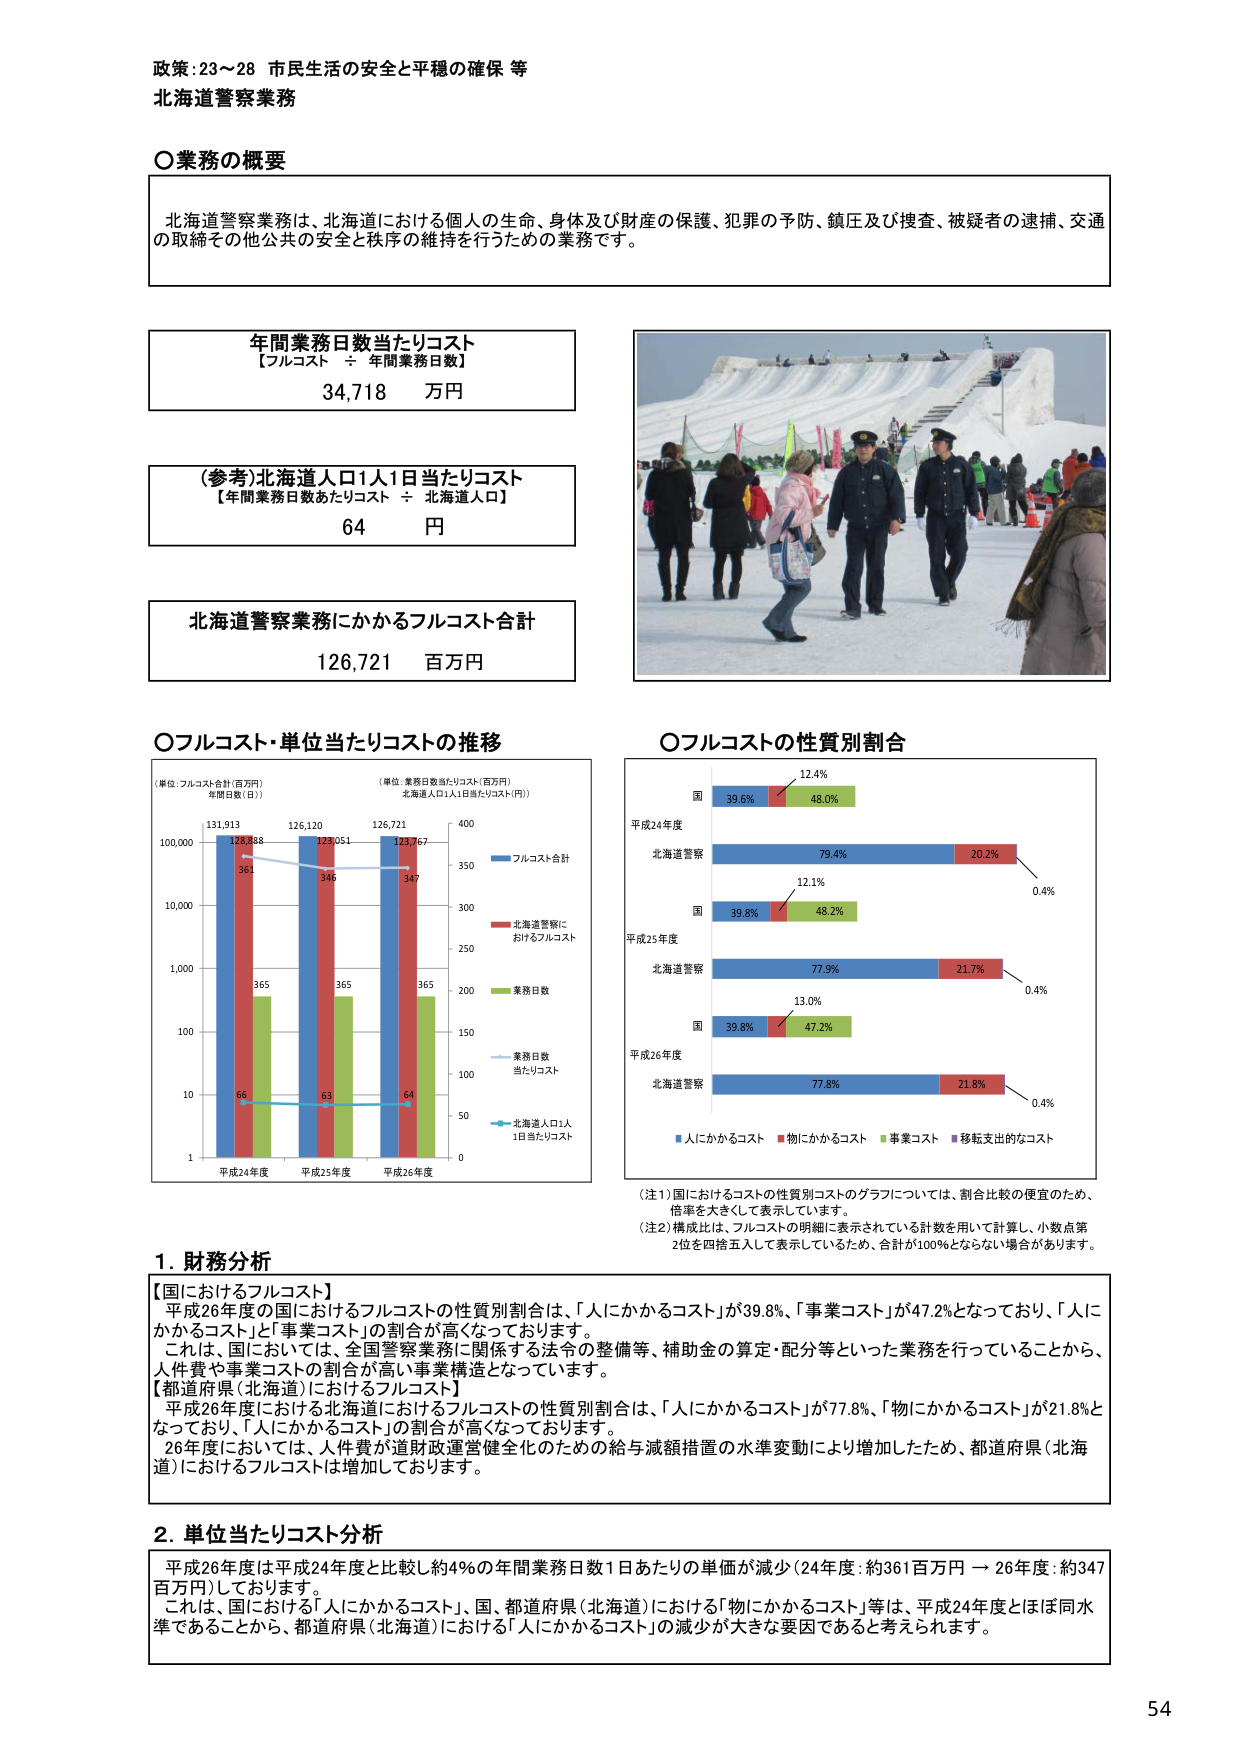
政策：23～28 市民生活の安全と平穏の確保 等
北海道警察業務

○業務の概要
北海道警察業務は、北海道における個人の生命、身体及び財産の保護、犯罪の予防、鎮圧及び捜査、疑犯者の逮捕、交通の取締その他公共の安全と秩序の維持を行うための業務です。

年間業務日数当たりコスト
【フルコスト ÷ 年間業務日数】
34,718 万円

（参考）北海道人口1人1日当たりコスト
【年間業務日数あたりコスト ÷ 北海道人口】
64 円

北海道警察業務にかかるフルコスト合計
126,721 百万円

○フルコスト・単位当たりコストの推移
（単位：フルコスト合計（百万円） 年間日数（日））
（単位：業務日数当たりコスト（百万円） 北海道人口1人1日当たりコスト（円））
平成24年度 平成25年度 平成26年度
131,913 126,120 126,721
128,888 129,051 129,767
365 365 365
351 346 347
66 63 64
1 10 100 1,000 10,000 100,000
0 50 100 150 200 250 300 350 400
フルコスト合計
北海道警察におけるフルコスト
業務日数
業務日数当たりコスト
北海道人口1人1日当たりコスト

○フルコストの性質別割合
平成24年度
国 39.6% 12.4% 48.0%
北海道警察 79.4% 20.2% 0.4%
平成25年度
国 39.8% 12.1% 48.2%
北海道警察 77.9% 21.7% 0.4%
平成26年度
国 39.8% 13.0% 47.2%
北海道警察 77.8% 21.8% 0.4%
人にかかるコスト 物にかかるコスト 事業コスト 移転支出的なコスト

（注1）国におけるコストの性質別コストのグラフについては、割合比較の便宜のため、倍率を大きくして表示しています。
（注2）構成比は、フルコストの明細に表示されている計数を用いて計算し、小数点第2位を四捨五入して表示しているため、合計が100%とならない場合があります。

1. 財務分析
【国におけるフルコスト】
平成26年度の国におけるフルコストの性質別割合は、「人にかかるコスト」が39.8%、「事業コスト」が47.2%となっており、「人にかかるコスト」と「事業コスト」の割合が高くなっております。
これは、国においては、全国警察業務に関係する法令の整備等、補助金の算定・配分等といった業務を行っていることから、人件費や事業コストの割合が高い事業構造となっています。
【都道府県（北海道）におけるフルコスト】
平成26年度における北海道におけるフルコストの性質別割合は、「人にかかるコスト」が77.8%、「物にかかるコスト」が21.8%となっており、「人にかかるコスト」の割合が高っております。
26年度においては、人件費が道財政運営健全化のための給与減額措置の水準変動により増加したため、都道府県（北海道）におけるフルコストは増加しております。

2. 単位当たりコスト分析
平成26年度は平成24年度と比較し約4%の年間業務日数1日あたりの単価が減少（24年度：約361百万円 → 26年度：約347百万円）しております。
これは、国における「人にかかるコスト」、国、都道府県（北海道）における「物にかかるコスト」等は、平成24年度とほぼ同水準であることから、都道府県（北海道）における「人にかかるコスト」の減少が大きな要因であると考えられます。

54